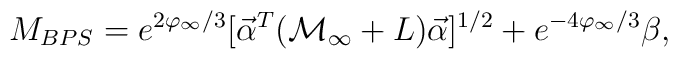
M_{BPS}= e^{2\varphi_{\infty}/3}[{\vec \alpha}^T({\cal M}_{\infty}+{L}){\vec \alpha}]^{1/2} +e^{-4\varphi_{\infty}/3} \beta,